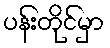
ပန်းတိုင်မှာ